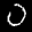
Label: 0